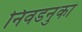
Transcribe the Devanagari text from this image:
निवडनुकां